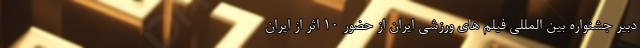
دبیر جشنواره بین المللی فیلم های ورزشی ایران از حضور 10 اثر از ایران